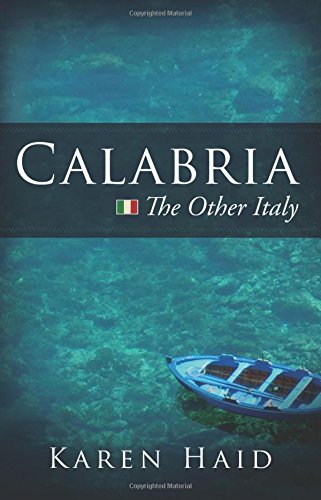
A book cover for Calabria: The Other Italy; Karen Haid; Travel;